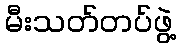
မီးသတ်တပ်ဖွဲ့